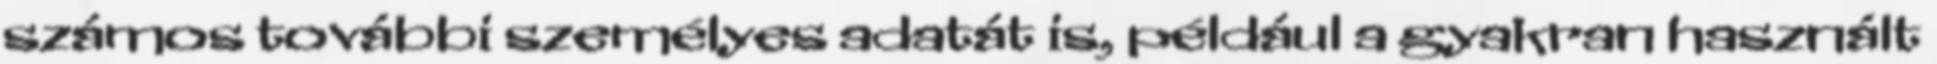
számos további személyes adatát is, például a gyakran használt